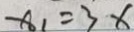
x _ { 1 } = 3 x